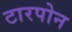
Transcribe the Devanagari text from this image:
टारपोन